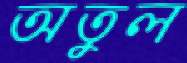
অতুল